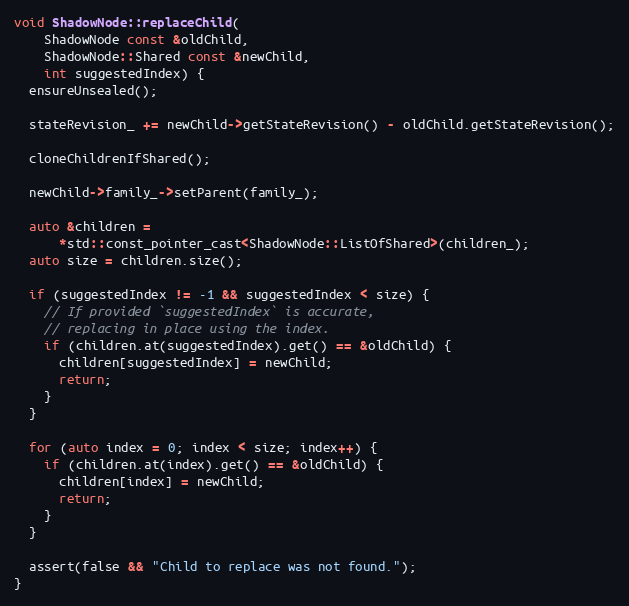
Language: C++
void ShadowNode::replaceChild(
    ShadowNode const &oldChild,
    ShadowNode::Shared const &newChild,
    int suggestedIndex) {
  ensureUnsealed();

  stateRevision_ += newChild->getStateRevision() - oldChild.getStateRevision();

  cloneChildrenIfShared();

  newChild->family_->setParent(family_);

  auto &children =
      *std::const_pointer_cast<ShadowNode::ListOfShared>(children_);
  auto size = children.size();

  if (suggestedIndex != -1 && suggestedIndex < size) {
    // If provided `suggestedIndex` is accurate,
    // replacing in place using the index.
    if (children.at(suggestedIndex).get() == &oldChild) {
      children[suggestedIndex] = newChild;
      return;
    }
  }

  for (auto index = 0; index < size; index++) {
    if (children.at(index).get() == &oldChild) {
      children[index] = newChild;
      return;
    }
  }

  assert(false && "Child to replace was not found.");
}